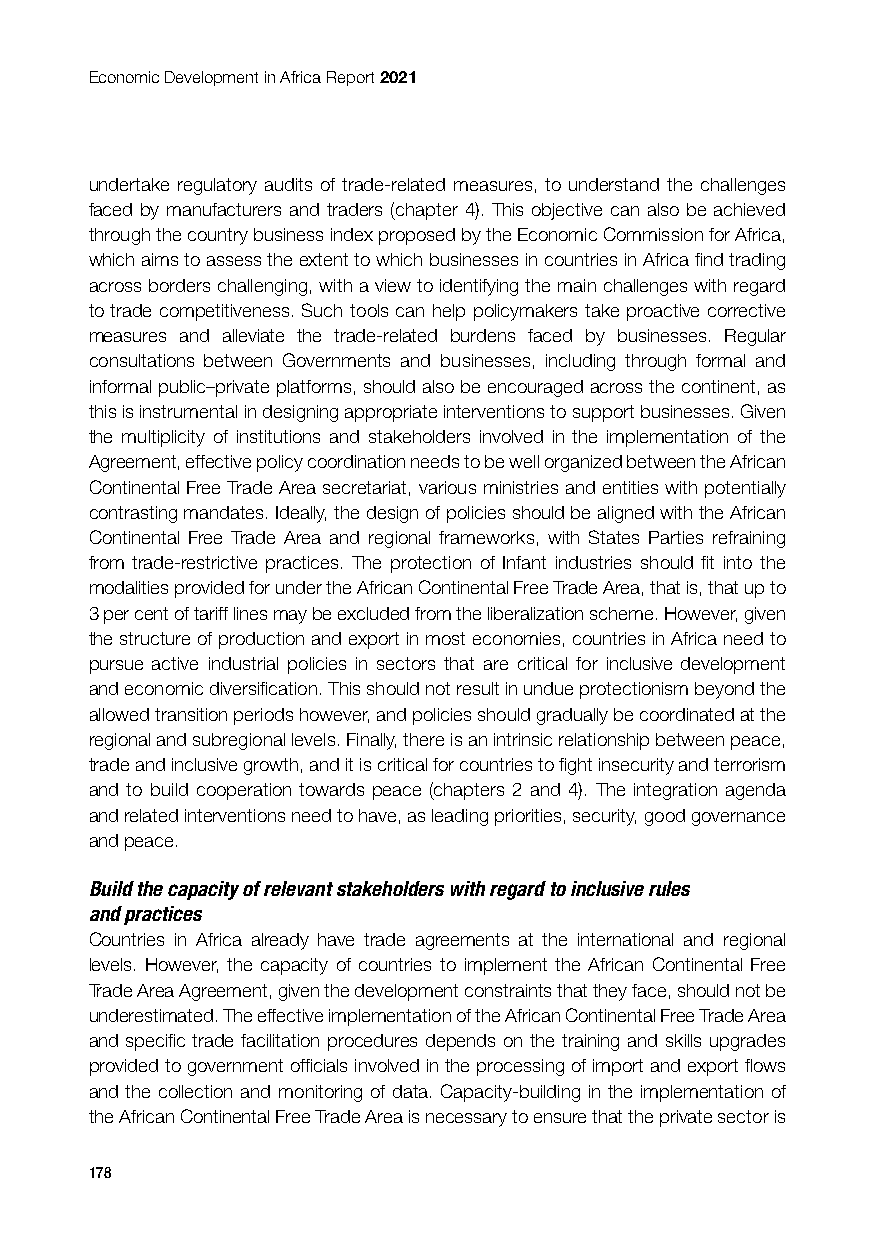
Economic Development in Africa Report 2021
 undertake regulatory audits of trade-related measures, to understand the challenges
 faced by manufacturers and traders (chapter 4). This objective can also be achieved
 through the country business index proposed by the Economic Commission for Africa,
 which aims to assess the extent to which businesses in countries in Africa find trading
 across borders challenging, with a view to identifying the main challenges with regard
 to trade competitiveness. Such tools can help policymakers take proactive corrective
 measures and alleviate the trade-related burdens faced by businesses. Regular
 consultations between Governments and businesses, including through formal and
 informal public–private platforms, should also be encouraged across the continent, as
 this is instrumental in designing appropriate interventions to support businesses. Given
 the multiplicity of institutions and stakeholders involved in the implementation of the
 Agreement, effective policy coordination needs to be well organized between the African
 Continental Free Trade Area secretariat, various ministries and entities with potentially
 contrasting mandates. Ideally, the design of policies should be aligned with the African
 Continental Free Trade Area and regional frameworks, with States Parties refraining
 from trade-restrictive practices. The protection of Infant industries should fit into the
 modalities provided for under the African Continental Free Trade Area, that is, that up to
 3 per cent of tariff lines may be excluded from the liberalization scheme. However, given
 the structure of production and export in most economies, countries in Africa need to
 pursue active industrial policies in sectors that are critical for inclusive development
 and economic diversification. This should not result in undue protectionism beyond the
 allowed transition periods however, and policies should gradually be coordinated at the
 regional and subregional levels. Finally, there is an intrinsic relationship between peace,
 trade and inclusive growth, and it is critical for countries to fight insecurity and terrorism
 and to build cooperation towards peace (chapters 2 and 4). The integration agenda
 and related interventions need to have, as leading priorities, security, good governance
 and peace.
 Build the capacity of relevant stakeholders with regard to inclusive rules
 and practices
 Countries in Africa already have trade agreements at the international and regional
 levels. However, the capacity of countries to implement the African Continental Free
 Trade Area Agreement, given the development constraints that they face, should not be
 underestimated. The effective implementation of the African Continental Free Trade Area
 and specific trade facilitation procedures depends on the training and skills upgrades
 provided to government officials involved in the processing of import and export flows
 and the collection and monitoring of data. Capacity-building in the implementation of
 the African Continental Free Trade Area is necessary to ensure that the private sector is
 178